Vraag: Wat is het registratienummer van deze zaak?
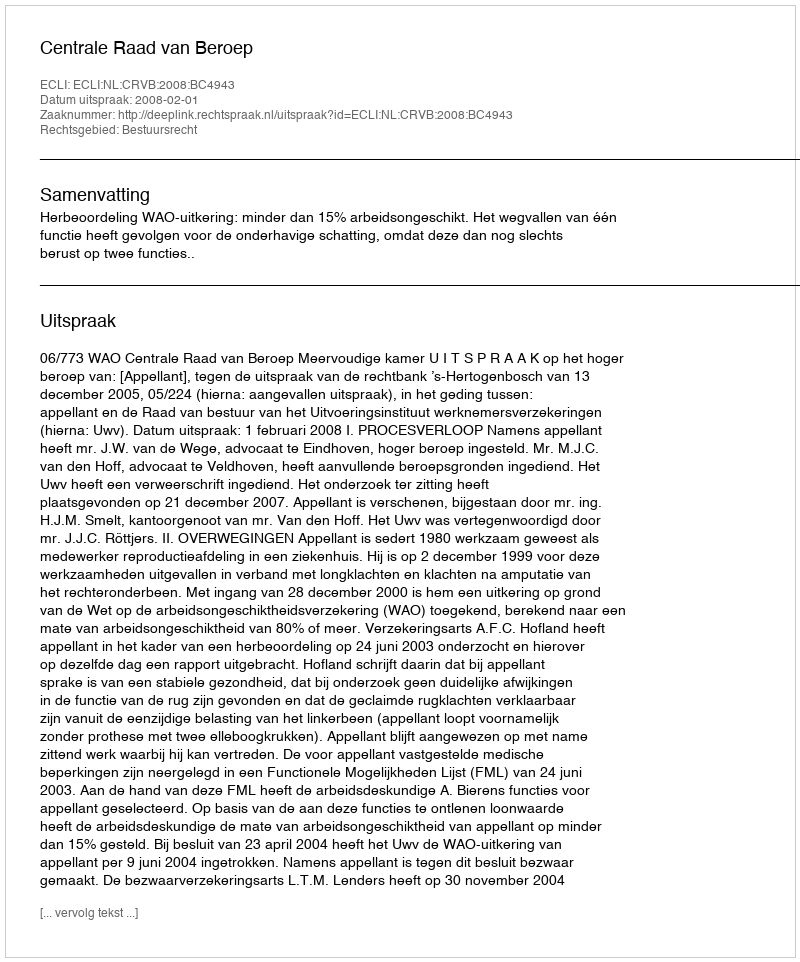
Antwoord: http://deeplink.rechtspraak.nl/uitspraak?id=ECLI:NL:CRVB:2008:BC4943